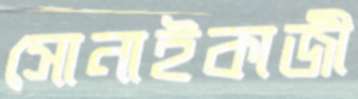
সোনাইকাজী